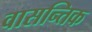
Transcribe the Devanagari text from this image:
वासन्तिक